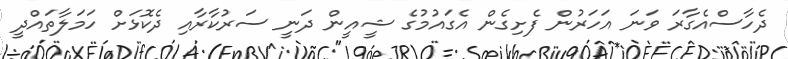
ދެހާސްއެގާރަ ވަނަ އަހަރުން ފެށިގެން އެގައުމުގެ ޝީއީން ދަނީ ސަރުކާރާއި ދެކޮޅަށް ހަމަލާތައްދީ